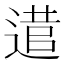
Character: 𨕃